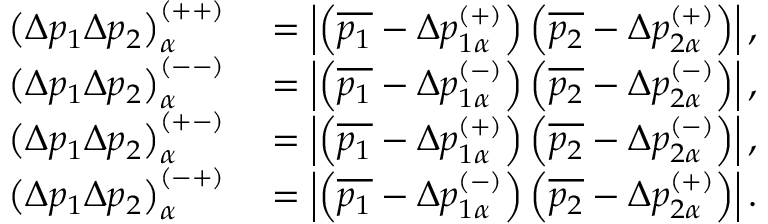
\begin{array} { r l } { \left( \Delta p _ { 1 } \Delta p _ { 2 } \right) _ { \alpha } ^ { \left( + + \right) } } & { { } = \left\vert \left( \overline { { p _ { 1 } } } - \Delta p _ { 1 \alpha } ^ { ( + ) } \right) \left( \overline { { p _ { 2 } } } - \Delta p _ { 2 \alpha } ^ { ( + ) } \right) \right\vert , } \\ { \left( \Delta p _ { 1 } \Delta p _ { 2 } \right) _ { \alpha } ^ { \left( -- \right) } } & { { } = \left\vert \left( \overline { { p _ { 1 } } } - \Delta p _ { 1 \alpha } ^ { ( - ) } \right) \left( \overline { { p _ { 2 } } } - \Delta p _ { 2 \alpha } ^ { ( - ) } \right) \right\vert , } \\ { \left( \Delta p _ { 1 } \Delta p _ { 2 } \right) _ { \alpha } ^ { \left( + - \right) } } & { { } = \left\vert \left( \overline { { p _ { 1 } } } - \Delta p _ { 1 \alpha } ^ { ( + ) } \right) \left( \overline { { p _ { 2 } } } - \Delta p _ { 2 \alpha } ^ { ( - ) } \right) \right\vert , } \\ { \left( \Delta p _ { 1 } \Delta p _ { 2 } \right) _ { \alpha } ^ { \left( - + \right) } } & { { } = \left\vert \left( \overline { { p _ { 1 } } } - \Delta p _ { 1 \alpha } ^ { ( - ) } \right) \left( \overline { { p _ { 2 } } } - \Delta p _ { 2 \alpha } ^ { ( + ) } \right) \right\vert . } \end{array}